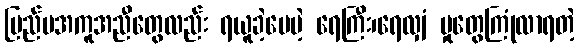
ပြည်ပအကူအညီတွေလည်း ရယူခဲ့ပေမဲ့ ရေကြီး၊ရေလျှံ မှုတွေကြုံလာရတဲ့